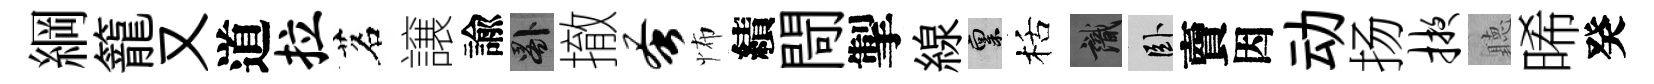
綱籠又道拉茗譲諭晷撤蚤怖績閜掣線禀栝識卧𧶠因动扬掖聽晞癸